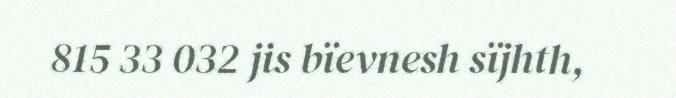
815 33 032 jis bïevnesh sïjhth,